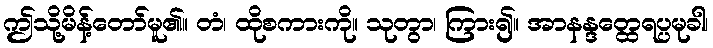
ဤသို့မိန့်တော်မူ၏။ တံ၊ ထိုစကားကို။ သုတွာ၊ ကြား၍။ အာနန္ဒတ္ထေရပ္ပမုခါ၊